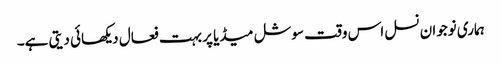
ہماری نوجوان نسل اس وقت سوشل میڈیا پر بہت فعال دیکھائی دیتی ہے۔